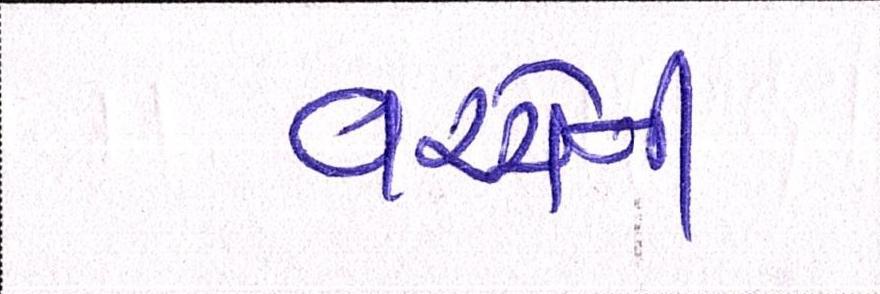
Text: વચ્ચેની